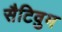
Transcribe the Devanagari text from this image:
सैटिवुम